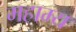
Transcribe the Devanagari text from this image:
महाम्य